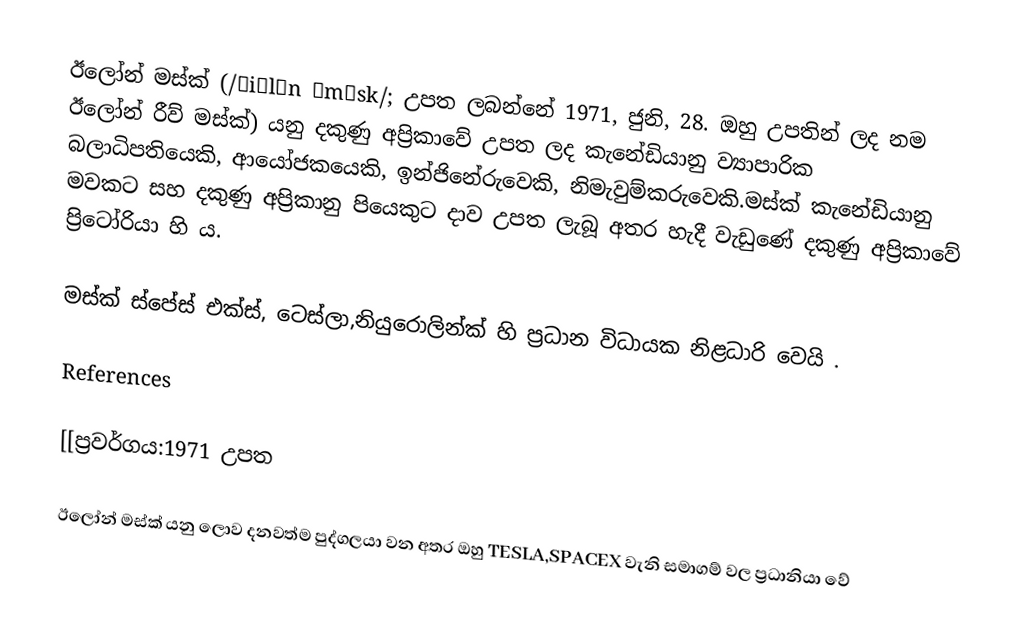
ඊලෝන් මස්ක් (/ˈiːlɒn ˈmʌsk/; උපත ලබන්නේ 1971, ජුනි, 28. ඔහු උපතින් ලද නම ඊලෝන් රීව් මස්ක්) යනු දකුණු අප්‍රිකාවේ උපත ලද කැනේඩියානු ව්‍යාපාරික බලාධිපතියෙකි, ආයෝජකයෙකි, ඉන්ජිනේරුවෙකි, නිමැවුම්කරුවෙකි.මස්ක් කැනේඩියානු මවකට සහ දකුණු අප්‍රිකානු පියෙකුට දාව උපත ලැබූ අතර හැදී වැඩුණේ දකුණු අප්‍රිකාවේ ප්‍රිටෝරියා හි ය.

මස්ක් ස්පේස් එක්ස්, ටෙස්ලා,නියුරොලින්ක්  හි  ප්‍රධාන විධායක නිළධාරි වෙයි .

References

[[ප්‍රවර්ගය:1971 උපත

ඊලෝන් මස්ක් යනු ලොව දනවත්ම පුද්ගලයා වන අතර ඔහු TESLA,SPACEX වැනි සමාගම් වල ප්‍රධානියා වේ